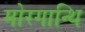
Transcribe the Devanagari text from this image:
मोरगान्थि